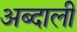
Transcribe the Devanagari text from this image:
अब्‍दाली